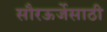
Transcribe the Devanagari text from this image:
सौरऊर्जेसाठी